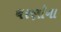
ચરણૉના